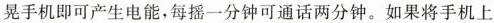
晃手机即可产生电能，每摇一分钟可通话两分钟。如果将手机上